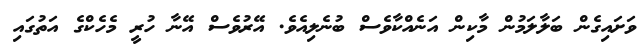
ވަށައިގެން ބަލާލަމުން މާކިން އަނެއްކާވެސް ބުނެލިއެވެ. އޭރުވެސް އޭނާ ހުރީ މެހެކްގެ އަތުގައި